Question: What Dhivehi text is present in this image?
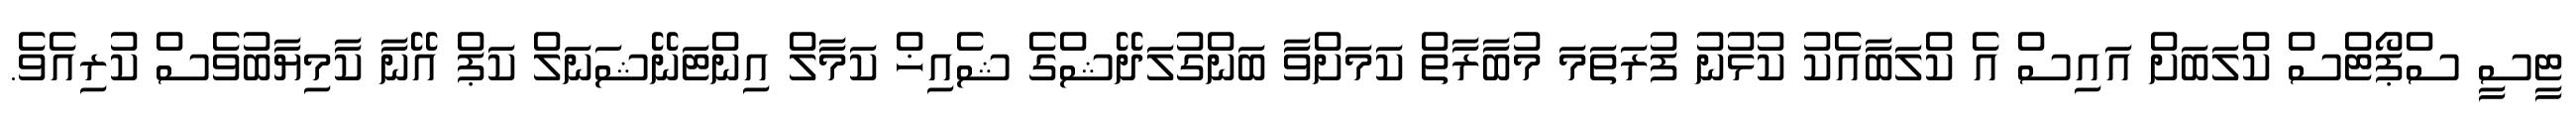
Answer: ޓީސީ ސްޕޯޓްސް ކްލަބަށް އައިސް އެ ކްލަބާއެކު ކުޅުނު ފުރަތަމަ މުބާރާތް ކަމަށްވާ ބަންގުލަދޭޝްގެ ޝެއިޚް ކަމާލް އިންޓަނޭޝަނަލް ކަޕް އޭނާ ކާމިޔާބުވެސް ކުރިއެވެ.